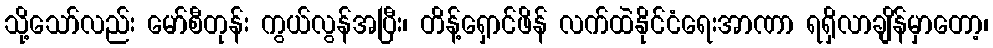
သို့သော်လည်း မော်စီတုန်း ကွယ်လွန်အပြီး၊ တိန့်ရှောင်ဖိန် လက်ထဲနိုင်ငံရေးအာဏာ ရရှိလာချိန်မှာတော့၊